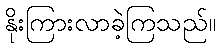
နိုးကြားလာခဲ့ကြသည်။